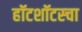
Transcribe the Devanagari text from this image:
हॉटशॉटस्चा